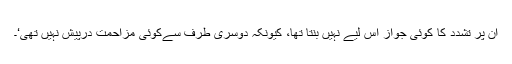
اُن پر تشدد کا کوئی جواز إِس لیے نہیں بنتا تھا، کیونکہ دوسری طرف سےکوئی مزاحمت درپیش نہیں تھی‘۔